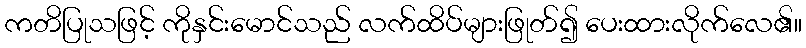
ကတိပြုသဖြင့် ကိုနှင်းမောင်သည် လက်ထိပ်များဖြုတ်၍ ပေးထားလိုက်လေ၏။